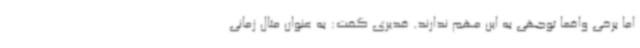
اما برخی واقعا توجهی به این مهم ندارند. قدیری گفت: به عنوان مثال زمانی